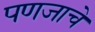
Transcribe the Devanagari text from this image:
पणजाचे